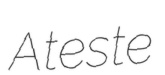
Ateste